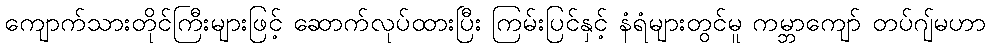
ကျောက်သားတိုင်ကြီးများဖြင့် ဆောက်လုပ်ထားပြီး ကြမ်းပြင်နှင့် နံရံများတွင်မူ ကမ္ဘာကျော် တပ်ဂျ်မဟာ